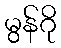
မွန်ဂို